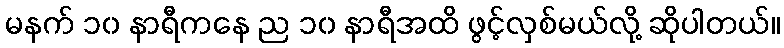
မနက် ၁၀ နာရီကနေ ည ၁၀ နာရီအထိ ဖွင့်လှစ်မယ်လို့ ဆိုပါတယ်။